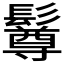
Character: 𩯄